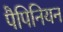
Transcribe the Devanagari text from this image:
पैपिनियन